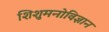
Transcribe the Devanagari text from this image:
शिशुमनोविज्ञान